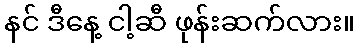
နင် ဒီနေ့ ငါ့ဆီ ဖုန်းဆက်လား။